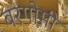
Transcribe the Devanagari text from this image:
बरगोमी